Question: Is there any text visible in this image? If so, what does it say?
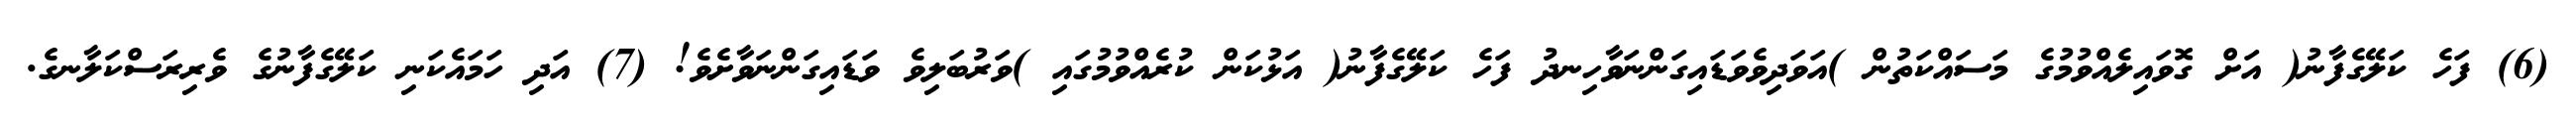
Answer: (6) ފަހެ ކަލޭގެފާނު( އަށް ގޮވައިލެއްވުމުގެ މަސައްކަތުން )އަވަދިވެވަޑައިގަންނަވާހިނދު ފަހެ ކަލޭގެފާނު( އަޅުކަން ކުރެއްވުމުގައި )ވަރުބަލިވެ ވަޑައިގަންނަވާށެވެ! (7) އަދި ހަމައެކަނި ކަލޭގެފާނުގެ ވެރިރަސްކަލާނގެ.